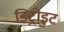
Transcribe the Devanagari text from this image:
डिट्रोइट